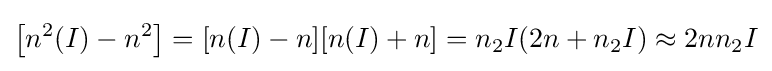
\left[n^{2}(I)-n^{2}\right]=[n(I)-n][n(I)+n]=n_{2}I(2n+n_{2}I)\approx 2nn_{2}I